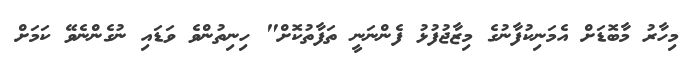
މިހާރު މާބޮޑަށް އެމަނިކުފާނުގެ މިޒާޖުފުޅު ފެންނަނީ ތަފާތުކޮށް" ހިނިތުންވެ ވަޑައި ނުގެންނެވޭ ކަމަށް